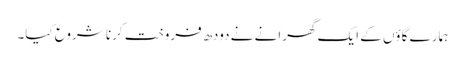
ہمارے گاؤں کے ایک گھرانے نے دودھ فروخت کرنا شروع کیا۔